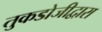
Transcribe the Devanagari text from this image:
तुकडोजीद्वारा